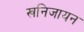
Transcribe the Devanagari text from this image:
खनिजायन